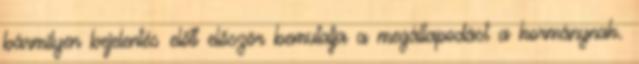
bármilyen bejelentés előtt először bemutatja a megállapodást a kormánynak.